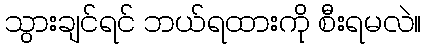
သွားချင်ရင် ဘယ်ရထားကို စီးရမလဲ။